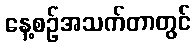
နေ့စဉ်အသက်တာတွင်